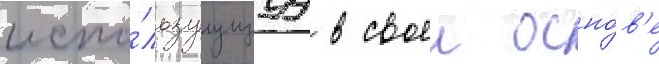
испо́льзуущуу в своеи осно́в'е